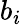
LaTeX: b_{i}